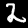
Digit: 2